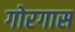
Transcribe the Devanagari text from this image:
गोरगास